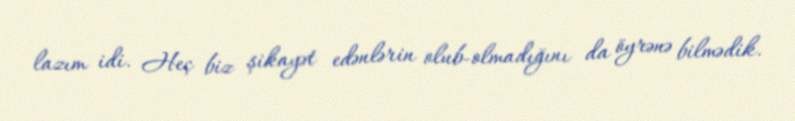
lazım idi. Heç biz şikayət edənlərin olub-olmadığını da öyrənə bilmədik.